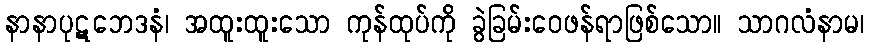
နာနာပုဋဘေဒနံ၊ အထူးထူးသော ကုန်ထုပ်ကို ခွဲခြမ်းဝေဖန်ရာဖြစ်သော။ သာဂလံနာမ၊